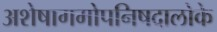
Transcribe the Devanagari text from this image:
अशेषागमोपनिषदालोके